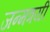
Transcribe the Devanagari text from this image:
जन्मत्रयी